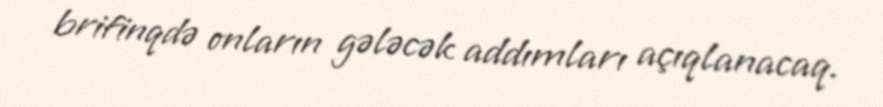
brifinqdə onların gələcək addımları açıqlanacaq.